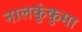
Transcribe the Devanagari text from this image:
नालकुंकुमा